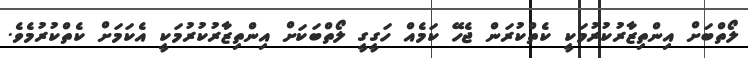
ލޯތްބަށް އިންތިޒާރުކުރުމަކީ ކެތްކުރަން ޖެހޭ ކަމެއް ހަގީގީ ލޯތްބަކަށް އިންތިޒާރުކުރުމަކީ އެކަމަށް ކެތްކުރުމެވެ.